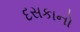
દસકાનો